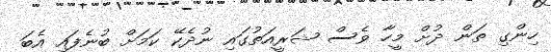
ހިންގި ތަން ދުށް މީހާ ވެސް ޝަރީއަތުގައި ނުދެކޭ ކަމަށް ބުނެފައި އެބަ